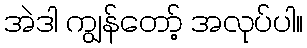
အဲဒါ ကျွန်တော့် အလုပ်ပါ။